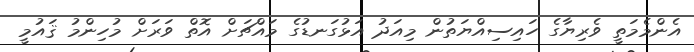
އެންމެމަތީ ވެރިޔާގެ ހައިސިއްޔަތުން މިއަދު އަޅުގަނޑުގެ މައްޗަށް އޮތް ވަރަށް މުހިންމު ޤައުމީ